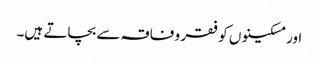
اور مسکینوں کو فقر و فاقہ سے بچاتے ہیں۔